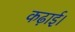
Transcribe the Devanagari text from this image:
कढ़ाई।